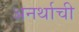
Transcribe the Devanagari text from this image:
अनर्थाची